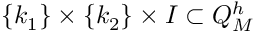
\{ k _ { 1 } \} \times \{ k _ { 2 } \} \times I \subset Q _ { M } ^ { h }